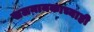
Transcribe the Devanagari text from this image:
खलनायकाच्याही